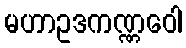
မဟာဥဒကဏ္ဏဝေါ